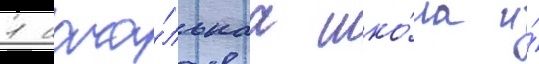
1 нача́льнаа шко́ла и́